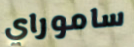
ساموراي